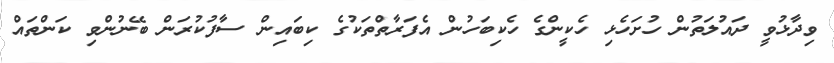
ވިދާޅުވީ ދައުލަތުން ހުށަހެޅި ހެކީންގެ ހެކިބަހުން އެފަރާތްތަކުގެ ކިބައިން ސާފުކުރަން ބޭނުންވި ކަންތައް